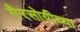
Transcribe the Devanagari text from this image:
गैरसोयीच्या